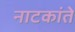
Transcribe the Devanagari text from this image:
नाटकांते